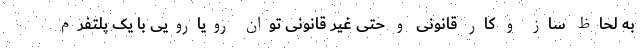
به لحاظ ساز و کار قانونی و حتی غیر قانونی توان رویارویی با یک پلتفرم